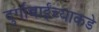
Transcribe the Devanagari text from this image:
दुर्गाबाईंच्याकडे